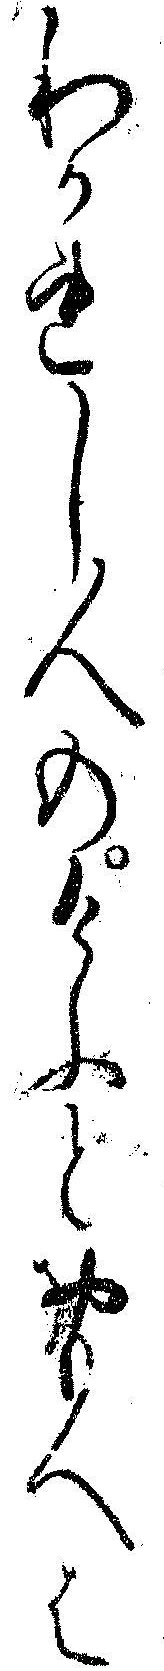
わかれし人のけふとおもへは